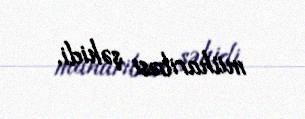
müharibəsi şəhidi.